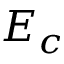
E _ { c }